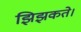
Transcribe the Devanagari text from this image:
झिझकते।